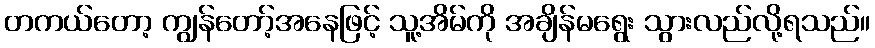
တကယ်တော့ ကျွန်တော့်အနေဖြင့် သူ့အိမ်ကို အချိန်မရွေး သွားလည်လို့ရသည်။